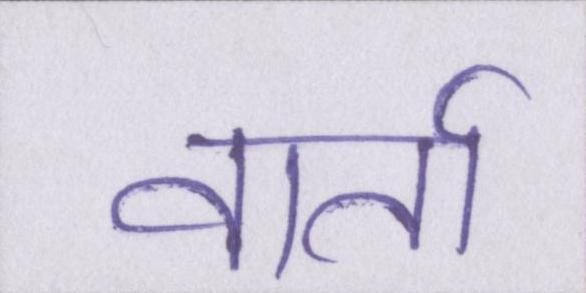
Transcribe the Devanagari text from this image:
वार्ता